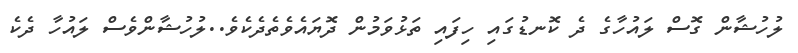
ލުހުޝާން ގޮސް ލައުހާގެ ދެ ކޮނޑުގައި ހިފައި ތަޅުވަމުން ދޮޔައެވެތެދެކެވެ..ލުހުޝާންވެސް ލައުހާ ދެކެ